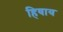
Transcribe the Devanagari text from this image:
हिवाय